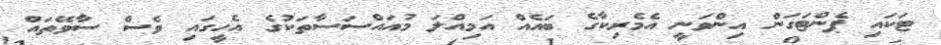
ޓަކައި ޕެންޓަގަން އިންވަނީ އެމެރިކާގެ ބައެއް އަމިއްލަ މުއައްސަސާތަކުގެ އެހީގައި ވެސް ސާވޭތައް